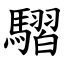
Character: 騽